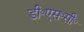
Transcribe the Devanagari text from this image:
डी॰एस॰सी॰